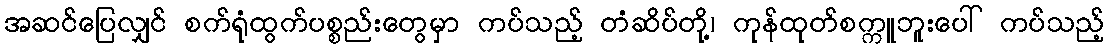
အဆင်ပြေလျှင် စက်ရုံထွက်ပစ္စည်းတွေမှာ ကပ်သည့် တံဆိပ်တို့၊ ကုန်ထုတ်စက္ကူဘူးပေါ် ကပ်သည့်